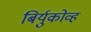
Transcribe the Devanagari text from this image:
बिर्युकोव्ह